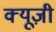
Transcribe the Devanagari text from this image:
क्यूज़ी